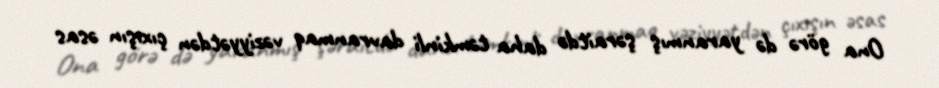
Ona görə də yaranmış şəraitdə daha təmkinli davranmaq vəziyyətdən çıxışın əsas